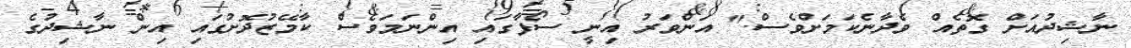
ނާޝިދުއަށް ގޮތެއް ވެދާނެކަމަށްވެސް." އަންވަރު އިނީ ސޯފާގައި އިންނަމަވެސް ކާމޭޒުދޮށުގައި އިން ނާޝިދުގެ